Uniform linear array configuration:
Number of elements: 12
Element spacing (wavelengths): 0.75
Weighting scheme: binomial
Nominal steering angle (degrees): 0
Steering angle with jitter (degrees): -0.7944
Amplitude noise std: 0.05
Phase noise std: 0.05

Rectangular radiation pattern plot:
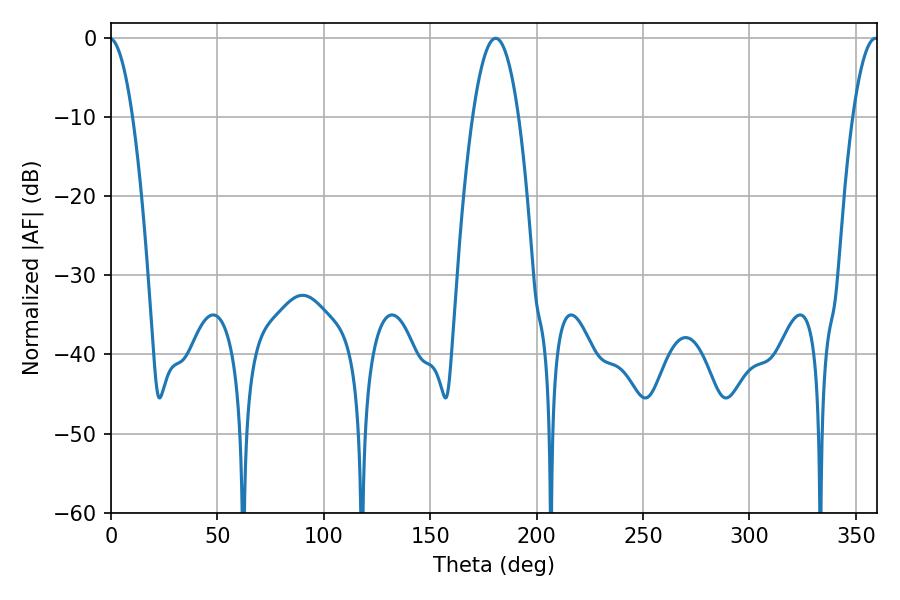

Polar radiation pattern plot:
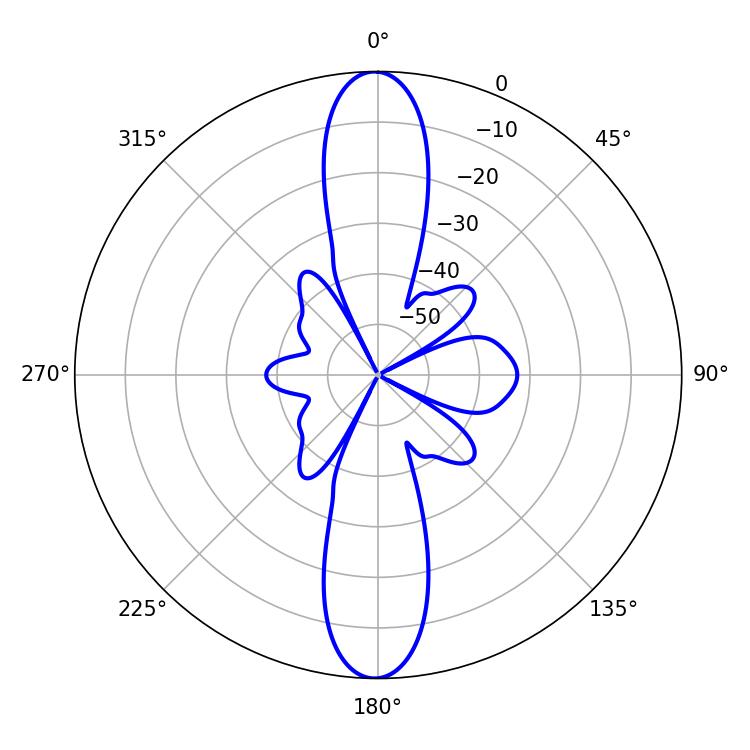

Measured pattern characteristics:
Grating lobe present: TRUE
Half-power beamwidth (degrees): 11.88
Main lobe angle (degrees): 180.72